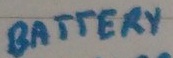
Text: BATTERY